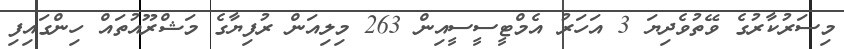
މިސަރުކާރުގެ ވޭތުވެދިޔަ 3 އަހަރު އެމްޓީސީސީއިން 263 މިލިއަން ރުފިޔާގެ މަޝްރޫއުތައް ހިންގައިފި